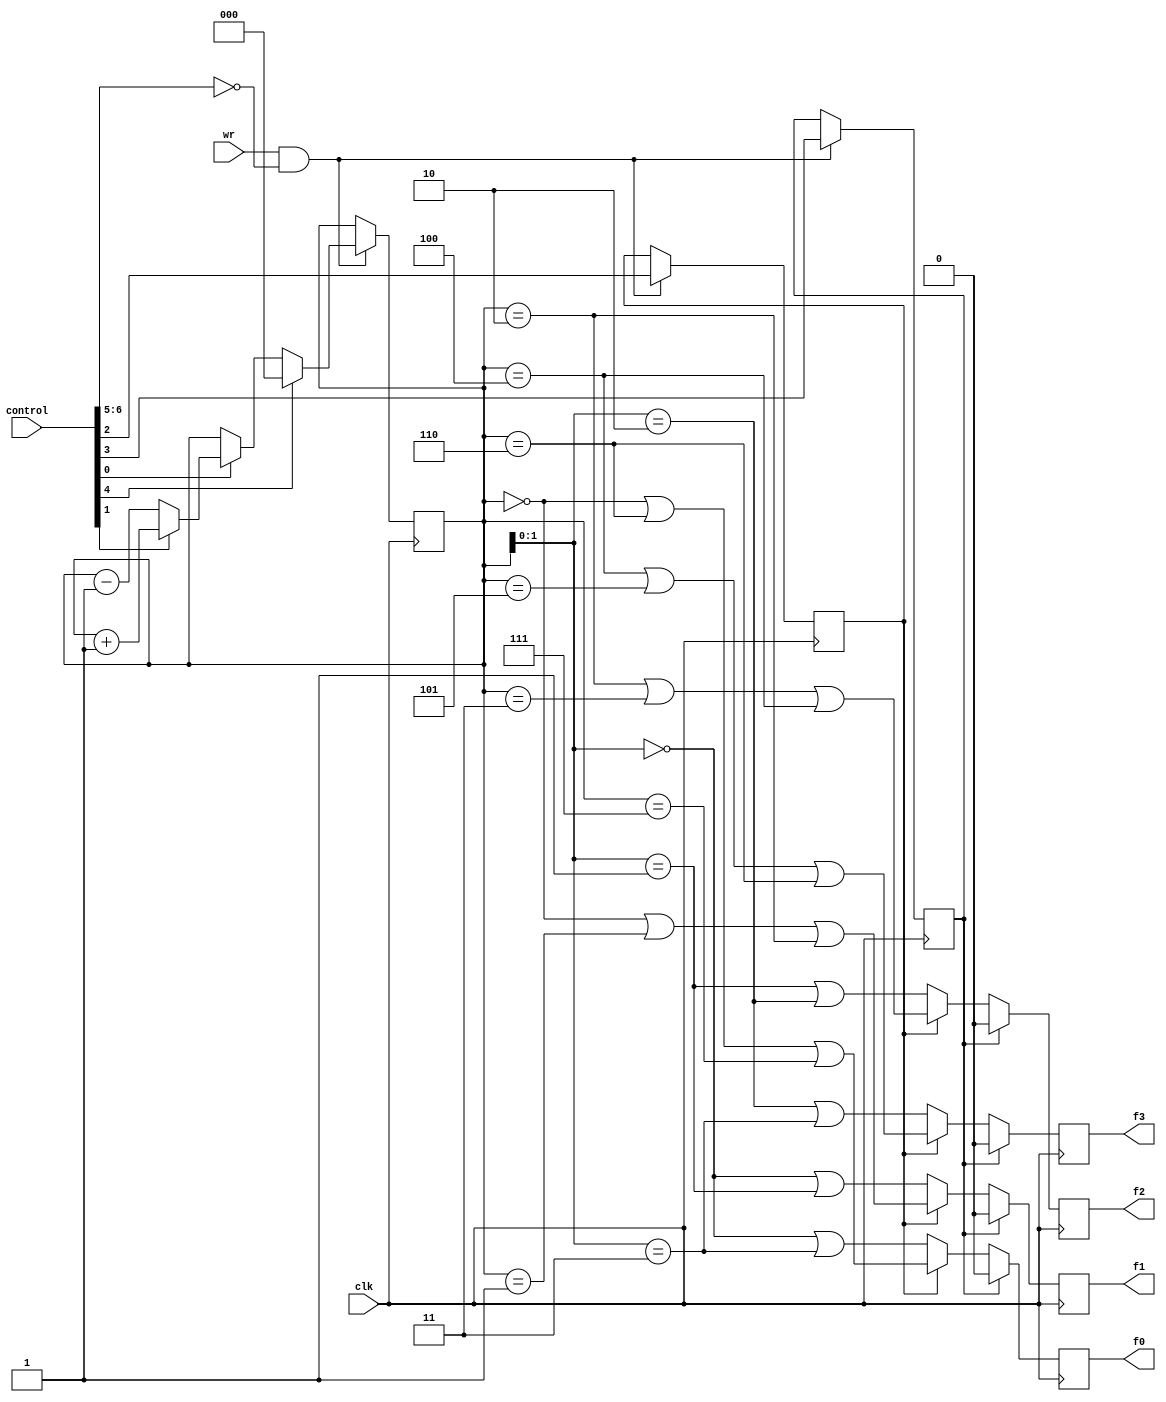

module motor(
	input wire clk,
	input wire [7:0]control,
	input wire wr,
	output reg f0,
	output reg f1,
	output reg f2,
	output reg f3
);

parameter IDX = 0;

wire ctrl_step;  assign ctrl_step  = control[0];
wire ctrl_dir;   assign ctrl_dir   = control[1];
wire ctrl_halfstep; assign ctrl_halfstep = control[2];
wire ctrl_sleep; assign ctrl_sleep = control[3];
wire ctrl_reset; assign ctrl_reset = control[4];
wire [1:0]ctrl_addr; assign ctrl_addr = control[6:5];

reg [2:0]cnt8 = 3'd0;
reg sleep=1'b0;
reg halfstep=1'b0;
always @( posedge clk )
begin
	if( wr && ctrl_addr==IDX )
	begin
		sleep <= ctrl_sleep;
		halfstep <= ctrl_halfstep;
		if( ctrl_reset )
			cnt8 <= 3'd0;
		else
		if( ctrl_step)
			cnt8 <= ctrl_dir ? cnt8+1'b1 : cnt8-1'b1;
	end
end

always @(posedge clk)
	if( sleep )
	begin
		f3 <= 1'b0;
		f2 <= 1'b0;
		f1 <= 1'b0;
		f0 <= 1'b0;
	end
	else
	if(halfstep)
	begin
		f0 <= (cnt8==0 || cnt8==6 || cnt8==7 );
		f1 <= (cnt8==0 || cnt8==1 || cnt8==2 );
		f2 <= (cnt8==2 || cnt8==3 || cnt8==4 );
		f3 <= (cnt8==4 || cnt8==5 || cnt8==6 );
	end
	else
	begin
		f0 <= (cnt8[1:0]==0 || cnt8[1:0]==3);
		f1 <= (cnt8[1:0]==0 || cnt8[1:0]==1);
		f2 <= (cnt8[1:0]==1 || cnt8[1:0]==2);
		f3 <= (cnt8[1:0]==2 || cnt8[1:0]==3);
	end

endmodule